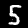
Label: 5